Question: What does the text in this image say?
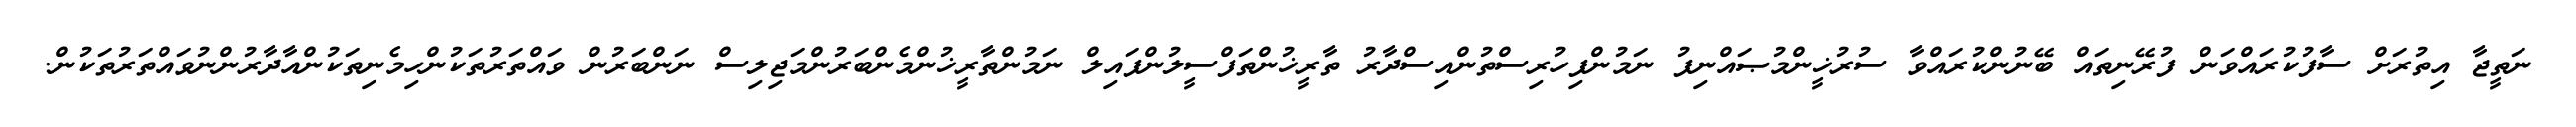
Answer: ނަތީޖާ އިތުރަށް ސާފުކުރައްވަން ފުރޭނިތައް ބޭނުންކުރައްވާ ސުރުޚީންމުޞައްނިފު ނަމުންފިހުރިސްތުންއިސްދާރު ތާރީޚުންތަފްސީލުންފައިލް ނަމުންތާރީޚުންމެންބަރުންމަޖިލިސް ނަންބަރުން ވައްތަރުތަކުންހިމެނިތަކުންއާދާރުންނުވައްތަރުތަކުން.